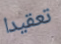
تعقيدا